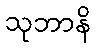
သုဘာနိ